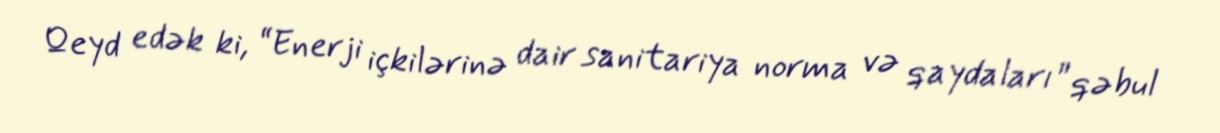
Qeyd edək ki, “Enerji içkilərinə dair sanitariya norma və qaydaları” qəbul